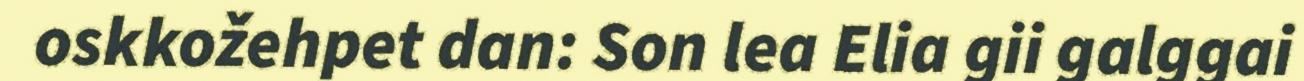
oskkožehpet dan: Son lea Elia gii galggai